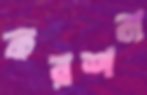
করশন